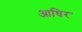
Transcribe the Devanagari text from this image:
आधिर